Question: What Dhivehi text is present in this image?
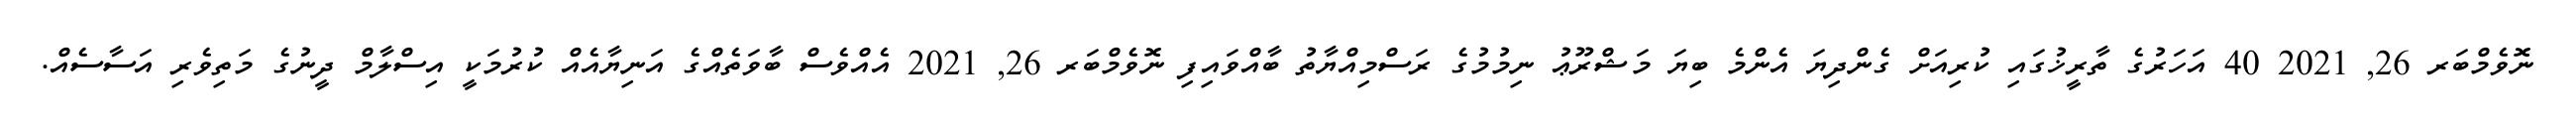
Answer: ނޮވެމްބަރ 26, 2021 40 އަހަރުގެ ތާރީޚުގައި ކުރިއަށް ގެންދިޔަ އެންމެ ބިޔަ މަޝްރޫޢު ނިމުމުގެ ރަސްމިއްޔާތު ބާއްވައިފި ނޮވެމްބަރ 26, 2021 އެއްވެސް ބާވަތެއްގެ އަނިޔާއެއް ކުރުމަކީ އިސްލާމް ދީނުގެ މަތިވެރި އަސާސެއް.